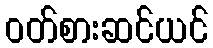
ဝတ်စားဆင်ယင်